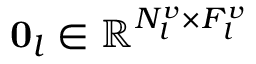
{ \bf 0 } _ { l } \in \mathbb { R } ^ { N _ { l } ^ { v } \times F _ { l } ^ { v } }